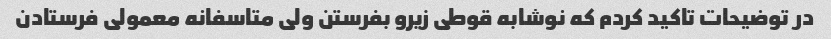
در توضیحات تاکید کردم که نوشابه قوطی زیرو بفرستن ولی متاسفانه معمولی فرستادن